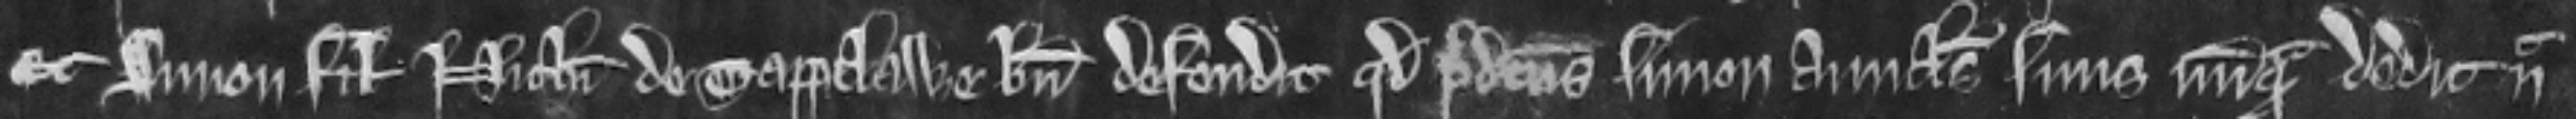
Et Simon filius Nicholai de Tappelawe bene defendit quod predictus Simon avunculus suus nunquam dedit nec